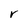
Character: r